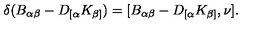
\delta ( B _ { \alpha \beta } - D _ { [ \alpha } K _ { \beta ] } ) = [ B _ { \alpha \beta } - D _ { [ \alpha } K _ { \beta ] } , \nu ] .